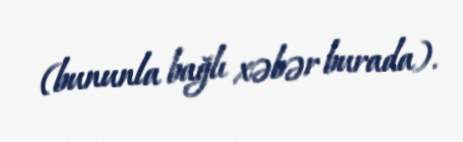
(bununla bağlı xəbər burada).